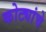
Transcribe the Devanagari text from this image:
कोट्यांचे